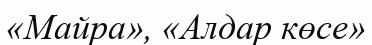
«Майра», «Алдар көсе»